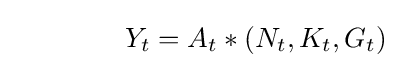
\qquad \qquad Y_{t}=A_{t}*(N_{t},K_{t},G_{t})